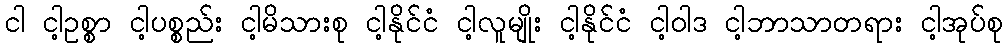
ငါ ငါ့ဥစ္စာ ငါ့ပစ္စည်း ငါ့မိသားစု ငါ့နိုင်ငံ ငါ့လူမျိုး ငါ့နိုင်ငံ ငါ့ဝါဒ ငါ့ဘာသာတရား ငါ့အုပ်စု